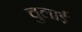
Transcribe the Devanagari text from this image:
चुलाई